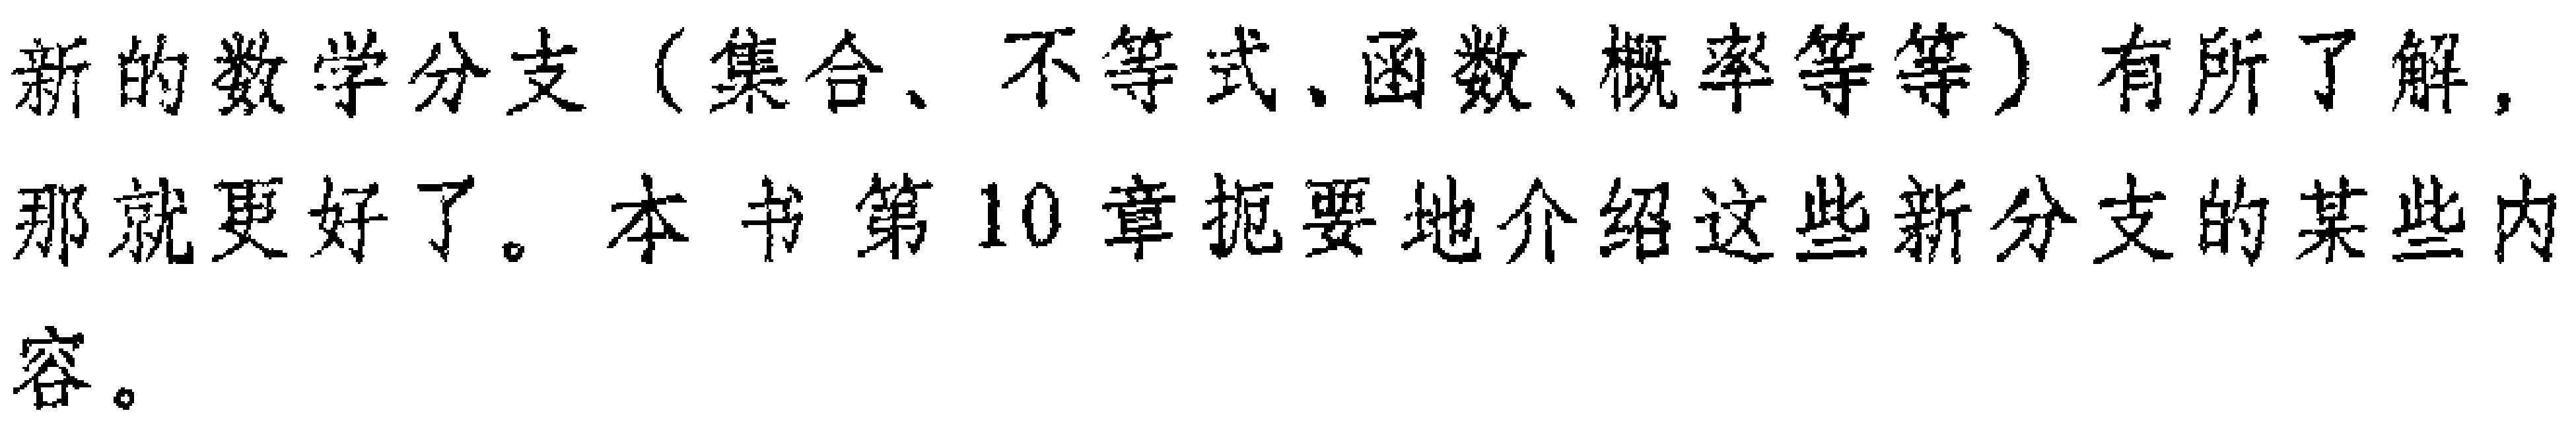
新的数学分支（集合、不等式、函数、概率等等）有所了解，那就更好了。本书第10章扼要地介绍这些新分支的某些内容。